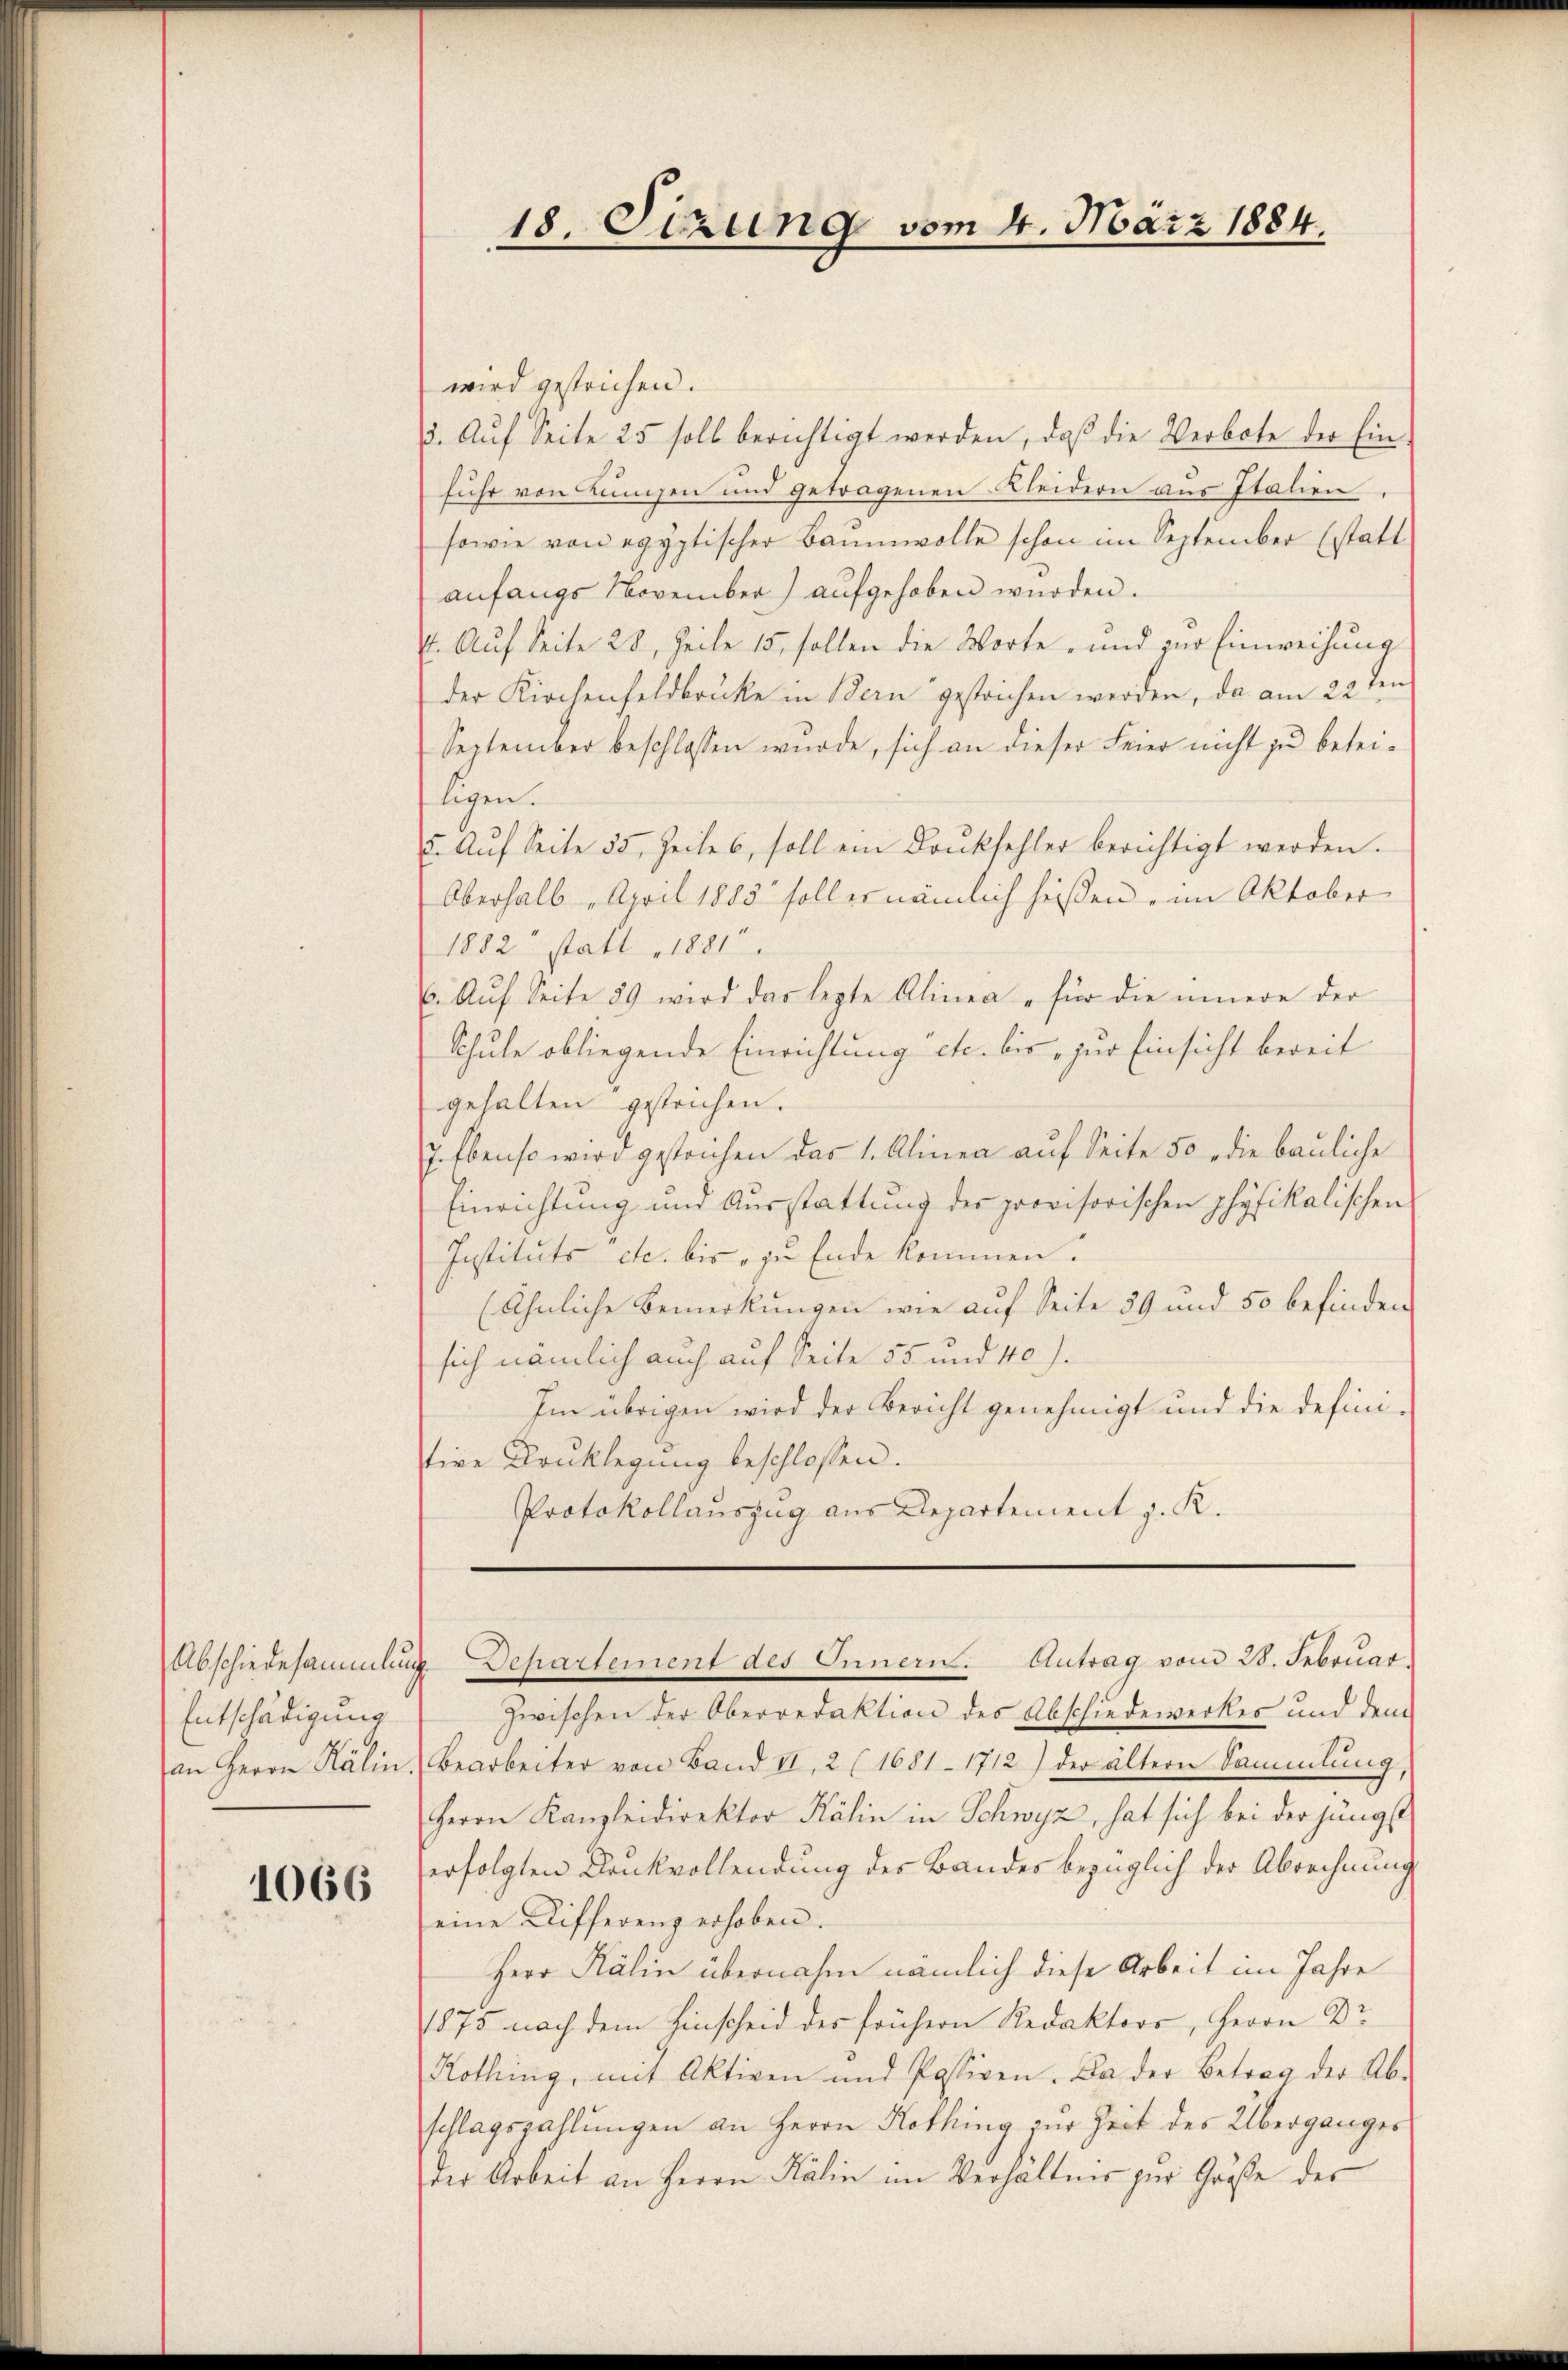
Entschädigung

1066

wird gestrichen.
5. Aŭf Seite 25 soll berichtigt werden, daβ die Verbote der Ein-
fuhr von Lungen und getragenen Kleidern aus Italien
sowie von egyptischer Baumwolle schon im September (statt
anfangs November) aufgehoben würden.
1. Auf Seite 28, Zeile 15, sollen die Worte, und zur Einweisung
der Kirchenfeldbrücke in Bern gestrichen werden, da am 22 ten
September beschlossen wurde, sich an dieser Feier nicht zu beteiligen.
5. Aŭf Seite 55. Zeiles, soll ein Donkfehler berichtigt werden.
Oberhalb April 1883 soll er nämlich heißen, im Oktober
1882 statt 1881
E. Auf Seite 59 wird das lezte Alinea für die innere der
Schule obliegende Einrichtung etc. bis zur Einsicht bereit
gehalten gestrichen.
7. Ebenso wird gestrichen das 1. Alinea auf Seite 50 die bauliche
Einrichtung und Ausstattung der provisorischen physikalischen
Instituts etc. bis zu Ende kommen.
(ähnliche Bemerkungen wie auf Seite 59 und 50 befinden
sich nämlich auch auf Seite 55 und 40).
Im übrigen wird der Bericht genehmigt und die definitive Drucklegung beschlossen.
Protokollauszug aus Departement z. R.

18. Sizung vom 4. März 1884.

zwischen der Oberredaktion des Abschiedewerkes und dem
an Herrn Kälin Bearbeiter von Band II, 2 (1681-1712) der ältern Sammlung,
Herrn Kanzleidirektor Kälin in Schwyz, hat sich bei der jüngst
erfolgten Drukvollendung des Bandes bezüglich der Abrechnung
eine Differenz erhoben.
Herr Kälin übernahm nämlich diese Arbeit im Jahre
1875 nach dem Hinscheid des frühern Redaktors, Herrn Dr
Kothing, mit Aktiven und Passiven. Da der Betrag der Ab-
schlagszahlungen an Herrn Kothing zur Zeit des Übergänger
der Arbeit an Herrn Kälin im Verhältnis zur Grüße des

Abschiedesammlung Departement des Innern. Antrag vom 28. Februar